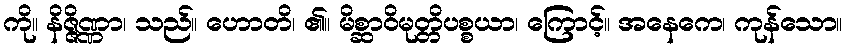
ကို။ နိဇ္ဇိဏ္ဏာ၊ သည်။ ဟောတိ၊ ၏။ မိစ္ဆာဝိမုတ္တိပစ္စယာ၊ ကြောင့်။ အနေကေ၊ ကုန်သော။